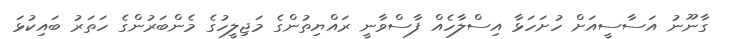
ގާނޫނު އަސާސީއަށް ހުށަހަޅާ އިސްލާހެއް ފާސްވާނީ ރައްޔިތުންގެ މަޖިލީހުގެ މެންބަރުންގެ ހަތަރު ބައިކުޅަ